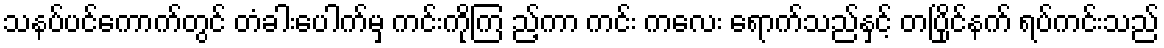
သနပ်ပင်ကောက်တွင် တံခါးပေါက်မှ ကင်းကိုကြ ည့်ကာ ကင်း ကလေး ရောက်သည်နှင့် တပြိုင်နက် ရပ်ကင်းသည်